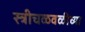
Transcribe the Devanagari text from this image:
स्त्रीचळवळीच्या